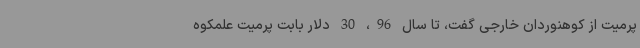
پرمیت از کوهنوردان خارجی گفت، تا سال 96، 30 دلار بابت پرمیت علمکوه